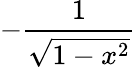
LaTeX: -{\frac{1}{\sqrt{1-x^{2}}}}